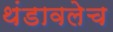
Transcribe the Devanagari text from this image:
थंडावलेच